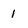
Character: l